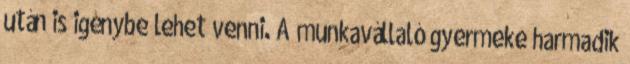
után is igénybe lehet venni. A munkavállaló gyermeke harmadik